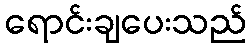
ရောင်းချပေးသည်